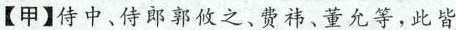
【甲】侍中、侍郎郭攸之、费祎、董允等，此皆